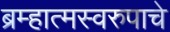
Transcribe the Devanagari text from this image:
ब्रम्हात्मस्वरुपाचे